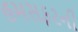
હમસફરની